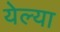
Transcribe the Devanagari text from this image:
येल्या